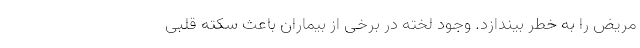
مریض را به خطر بیندازد. وجود لخته در برخی از بیماران باعث سکته قلبی